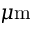
\mu \mathrm { m }